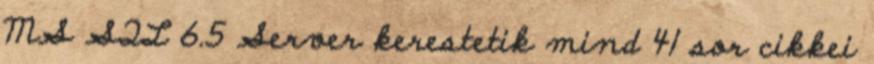
MS SQL 6.5 Server kerestetik mind 41 sor cikkei